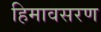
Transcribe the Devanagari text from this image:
हिमावसरण